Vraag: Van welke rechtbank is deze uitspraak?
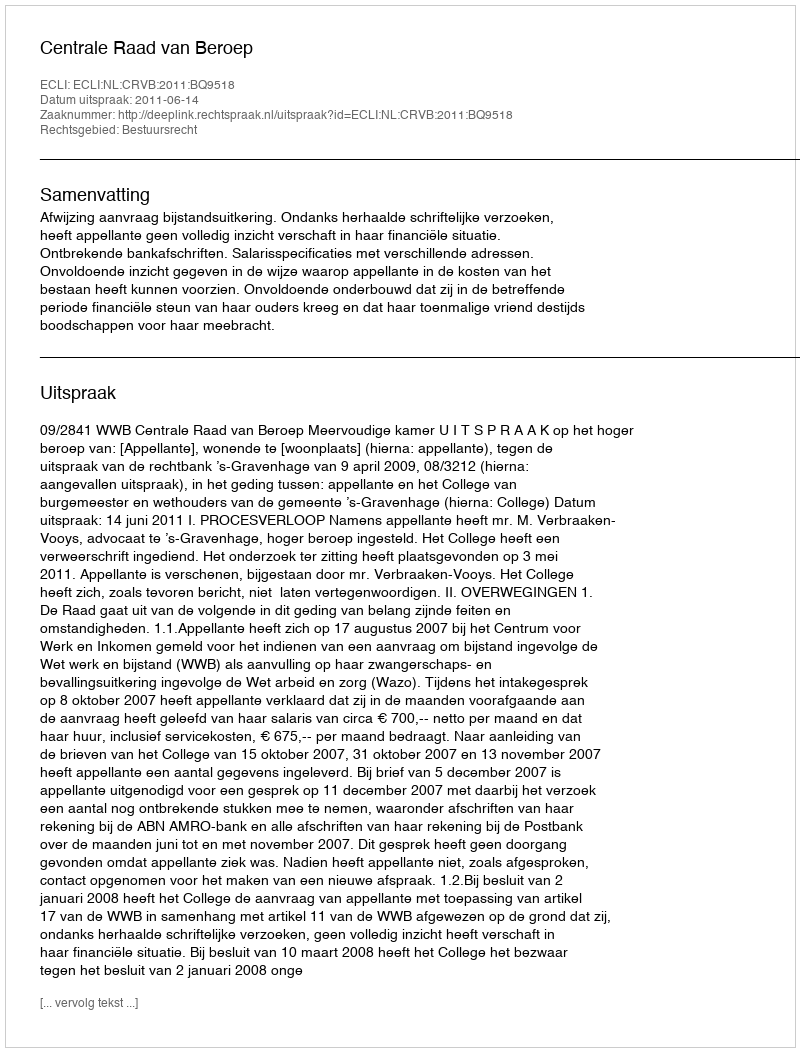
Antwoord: Centrale Raad van Beroep